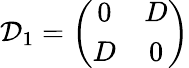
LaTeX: {\cal D}_{1}=\left(\begin{array}{cc}{{0}}&{{D}}\\ {{D}}&{{0}}\end{array}\right)